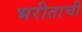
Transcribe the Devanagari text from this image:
भरीताची